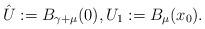
LaTeX: \begin{align*}\hat U :=B_{\gamma+\mu}(0), U_1:=B_{\mu}(x_0).\end{align*}